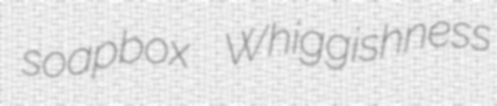
soapbox Whiggishness